Vital statistics of India. Vol. IV, Annual returns from 1871 to 1876. British Army of India, Native Army and jails of Bengal
Year: 1871
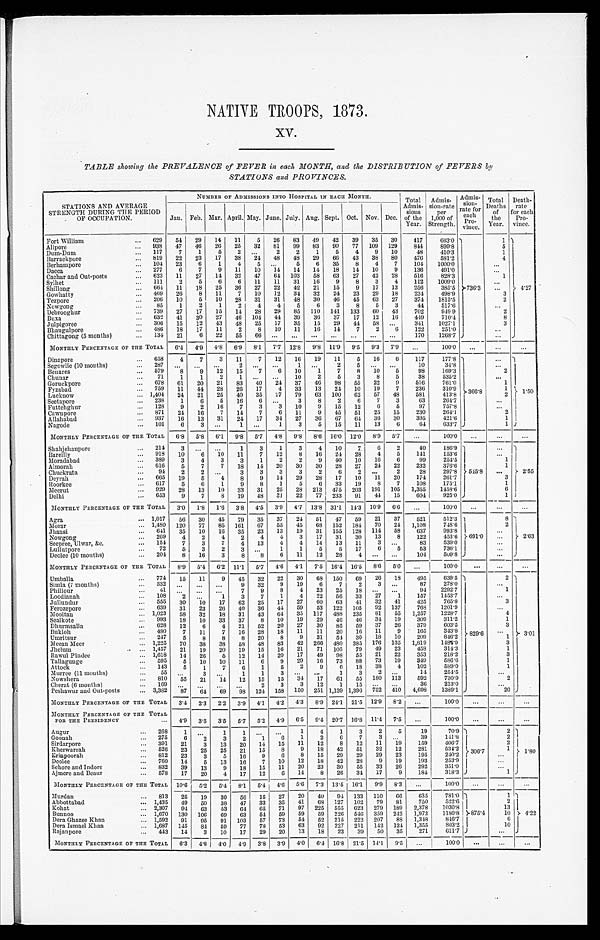
NATIVE TROOPS, 1873.
XV.
TABLE showing the PREVALENCE of FEVER in each, MONTH, and the DISTRIBUTION of FEVERS by
STATIONS and PROVINCES.
STATIONS AND AVERAGE
STRENGTH DURING THE PERIOD
OF OCCUPATION.
NUMBER OF ADMISSIONS INTO HOSPITAL IN EACH MONTH.
Total
Admis-
sions
of the
Year.
Admis-
sion-rate f o r e a c h
1,000 of
Strength.
Admis-
sion-
rate for
each Pr o- vi nce.
Total
Deaths
of
the
Year.
Death-
rate
for each
P r o -
vince.
Jan. Feb. Mar. April. May. June. July. Aug. Sept. Oct. Nov. Dec.
Fort William ... 629
54
29
14
11
5
26
83
49
42
39
35
30
417
663.0
736.3
1
4.27
Alipore ... 938
47
46
26
25
32
81
99
83
90
77
109
129
844
899.8
5
Dum-Dum ...117
7
1
5
2
. . .
2
2
1
5
4
9
10
48
410.3
1
Barrackpore ... 819
22
23
17
38
24
48
48
29
66
43
38
80
476
581.2
4
Berhampore ... 104
23
6
1
4
5
. . .
5
6
35
8
4
7
104
1000.0
. . .
Dacca ... 277
6
7
9
11
10
14
14
14
18
14
10
9
136
491.0
. . .
Cachar and Out-posts ... 623
11
27
14
32
47
6 4
103
58
63
27
42
28
516
828.3
1
Sylhet ... 111
2
5
6
6
11
11
31
16
9
8
3
4
112
1009.0
. . .
Shillong ... 664
11
18
25
36
27
22
42
21
15
9
17
13
256
385.5
. . .
Gowhatty ... 469
26
8
11
7
10
12
34
32
24
23
29
18
234
498.9
3
Tezpore ... 206
10
5
10
28
31
31
48
30
46
45
63
27
374
1815.5
2
Nowgong ... 85
1
2
1
2
4
4
5
6
3
8
5
3
44
517.6
. . .
Debrooghur ...739
27
17
15
14
28
29
85
110
141
133
60
43
702
949.9
2
Buxa ... 632
41
30
27
46
104
44
39
36
37
17
12
16
449
710.4
8
Julpigoree ... 306
15
12
43
48
25
17
35
15
29
44
58
. . .
341
1027.1
3
Bhaugulpore ... 486
18
17
11
2
8
10
11
16
14
7
2
6
122
251.0
. . .
Chittagong (5 months) ... 134
21
6 22
5 5
6 6
. . .
. . . ...
. . .
. . .
. . .
. . .
170
1268.7
. . .
MONTHLY PERCENTAGE OF THE TOTAL
6.4
4.9
4.8
6.9
8.1
7.7 12.8
9.8 11.9
9.5
9.3
7.9
. . .
100.0
. . .
. . .
. . .
Dinapore ... 658
4
7
3
11
7
12
16
19
11
5
16
6
117
177.8 366. 8
. . .
1.50
Segowlie (10 months) ... 287
. . .
. . . . . .
2
. . .
. . .
1
. . .
2
5
. . .
. . .
10
34.8
. . .
Benares ... 579
8
9
12
15
7
6
10
1
7
8
10
5
98
169.3
2
Chunar ... 71
1
1
2
1
. . .
. . .
10
2
5
3
8
5
38
535.2
. . .
Goruckpore ... 678
61
20
21
83
40
24
37
46
98
55
22
9
516
761.0
1
Fyzabad ... 759
11
44
28
26
17
4
33
13
24
10
19
7
236
310.9
1
Lucknow ... 1,404
24
21
25
40
35
2 7
79
63
100
62
57
48
581
413.8
2
Seetapore ... 238
1
6
5
16
6
. . .
3
8
2
6
7
3
63
264.7
. . .
Futtehghur ... 128
9
2
16
7
3
3
10
9
15
12
6
5
97
757.8
. . .
Cawnpore ...871
24
16
7
14
7
6
11
9
45
51
25
15
230
264.1
2
Allahabad ... 937
16
13
31
24
17
34
27
36
67
6 4
36
30
395
421.6
1
Nagode ... 101
6
3 ...
1
. . .
1
3
5
15
11
13
6
64
633.7
1
MONTHLY PERCENTAGE OF THE TOTAL
6.8
5.8
6.1
9.8
5.7
4.8
9.8
8.6 16.0 12.0
8.9
5.7
. . .
100.0
. . .
. . .
. . .
Shahjehanpore ... 214
3
. . .
. . .
1
3
1
3
4
10
7
6
2
40
186.9
545.8
. . .
2.55
Bareilly ... 918
10
6
10
11
7
12
8
16
24
28
4
5
141
153.6
. . .
Moradabad ... 389
3
4
3
3
1
2
2
9
40
10
16
6
99
254.5
1
Almorah ... 616
5
7
7
18
14
20
30
30
28
27
24
22
232
376.6
1
Chuckrata ... 94
2
2
. . .
3
3
3
3
2
6
2
. . .
2
28
297.8
. . .
Deyrah ... 665
19
5
4
8
9
14
29
28
17
10
11
20
174
261.7
3
Roorkee ... 617
5
6
1
9
8
1
5
6
33
19
8
7
108
175.1
1
Meerut ... 929
28
13
10
33
31
25
28
213
475
203
191
105
1,355
1458.6
6
Delhi ... 653
9
7
8
19
48
31
22
77
233
91
44
15
604
925.0
1
MONTHLY PERCENTAGE OF THE TOTAL
3 . 0 1.8
1.6
3.8
4 . 5
3.9
4.7 13.8 31.1 14.3 10.9
6.6
. . .
100.0
. . .
. . .
. . .
Agra ... 1,017
56
30
45
79
35
37
24
51
47
59
21
37
521
512.3
691.0
8
2.63
Morar ... 1,480
120
77
85
161
67
55
45
68 152
184
70
24
1,108
748.6
2
Jhansi ...
641
35
10
16
35
23
13
19
31
155
128
114
58
637
993.8
. . .
Nowgong ... 269
4
2
4
2
4
4
3
17
31
30
13
8
122
453.6
. . .
Seepree, Ulwar, &c... . 154
7
3
7
4
13
4
4
14
13
11
3
. . .
83
539.0
. . .
Lullutpore ... 72
5
3
2
3
. . .
1
1
5
5
17
6
5
53
736.1
. . .
Deolee (10 months) ... 204
8
16
3
8
8
6
11
12
28
4
. . .
. . .
104
509.8
. . .
MONTHLY PERCENTAGE OF THE TOTAL
8.9
5.4
6.2 11.1
5.7
4.6
4.1
7.5 16.4 16.5
8.6
5.0
. . .
100.0
. . .
. . .
. . .
Umballa ... 774
15
11
9
45
32
22
30
68
150
69
26
18
495
639.5
829.6
2
3.01
S i m l a ( 7 m o n t h s ) . . . 3 3 2
. . .
. . .
...
9
32
9
19
6
7
2
3
. . .
87
278.0
. . .
P h i l l o u r . . . 4 1
. . .
. . .
...
7
9
8
4
23
25
18
. . .
. . .
94
2292.7
1
Loodianah ... 108
2
. . .
1
3
7
1
4
22
56
33
2 7
1
1 5 7
1453.7
. . .
Jullundur ... 555
30
10
17
62
25
17
27
60
63
41
32
41
4 2 5
7 6 5 . 8
3
Ferozepore ... 639
31
23
26
40
36
44
59
53
122
105
92
137
768
1201.9
. . .
Mooltan ... 1,023
58
32
18
31
43
64
35
117
488
235
81
55
1,257
1228.7
4
Sealkote ... 993
18
10
33
37
8
10
19
29
46
46
34
19
309
311.2
1
Dhurmsalla ... 628
12
6
4
21
52
20
27
30
85
59
37
26
379
603.5
3
Bukloh ... 480
7
11
7
16
28
18
11
11
20
16
11
9
165
343.8
. . .
Umritsur ... 247
5
8
8
8
20
8
9
31
54
30
18
10
209
846.2
1
Meean Meer ... 1,225
70
38
38
58
48
83
42
266
480
385
176
135
1,819
1484.9
3
Jhelum ... 1,457
21
19
20
19
15
16
21
71
105
79
49
23
458
314.3
1
Rawul Pindee ... 1,618
14
26
5
12
14
20
17
49
98
55
21
22
353
218.2
3
Tallagunge ... 595
5
10
10
11
6
9
29
16
73
88
73
19
349
586.6
1
Attock ... 143
5
1
7
6
1
5
2
9
6
18
38
4
102
589.0
1
Murree (11 months) ... 55
. . .
3 ...
1
1
3
. . .
. . .
1
3
2
. . .
14
254.5
. . .
Nowshera ... 810
55
21
14
12
15
15
34
17
61
55
180
113
592
730.9
2
Cherat (6 months) ... 169
. . .
. . .
...
. . .
2
3
3
12
1
15
. . .
. . .
36
213.0
. . .
Peshawur and Out-posts ... 3,382
87
64
69
98
124 158
150
251 1,139 1,396
752
410
4,698
1389.1
20
MONTHLY PERCENTAGE OF THE TOTAL
3.4
2.3
2.2
3.9
4.1
4.2 4.3
8.9 24.1 21.5 12.9
8.2
. . .
100.0
. . .
. . .
. . .
MONTHLY PERCENTAGE OF THE TOTAL
FOR THE PRESIDENCY ...
4.9 3.5
3.5
5.7
5.2
4.9
6.5
9.4 20.7 16.8 11.4
7.5
. . .
100.0
. . .
. . .
. . .
Augur ... 268
1
. . .
1
1
. . .
. . .
1
4
1
3
2
5
19
70.9
306
.7
2
1.80
Goonah ... 275
6
2
3
2
1
6
1
2
6
7
3
. . .
39
141.8
2
Sirdarpore ... 391
21
3
13
20
14
15
11
12
8
12
11
19
159
406.7
2
Kherwarrah ... 526
23
25
25
21
15
8
9
18
42
51
32
12
281
534.2
1
Erinpoorah ... 812
23
3
5
16
9
6
8
15
29
29
29
23
195
240.2
. . .
Deolee ... 760
14
5
13
16
7
10
12
18
42
28
9
19
193
253.9
. . .
Sehore and Indore ... 832
39
13
9
18
15
11
20
23
30
55
33
26
292
351.0
. . .
Ajmere and Beaur ... 578
17
20
4
17
12
6
14
8
26
34
17
9
184
318.3
1
MONTHLY PERCENTAGE OF THE TOTAL
10.6
5.2
5.4
8.1
5.4
4 . 6 5.6
7.3 13.5 16.1
9.9
8.3
. . .
100.0
. . .
. . .
. . .
Murdan ... 813
25
19
30
56
15
27
20
40
94
133
110
66
635
781.0
875.4
1 4.22
Abbottabad ... 1,435
49
50
38
47
33
35
41
68
127
102
79
81
750
522.6
2
Kohat ... 2,307
94
63
53
64
65
71
97
225
555
623
279
189
2,378
1030.8
13
Bunnoo ... 1,670
130
106
69
63
54
59
59
59
226
546
359
242
1,972
1180.8
10
Dera Ghazee Khan ... 1,592
91
95
91
103
57
73
54
52
215
222
207
88
1,348
846.7
6
Dera Ismael Khan ... 1,687
145
84
59
77
78
53
63
92
227
211
142
124
1,355
803.2
10
Rajanpore ... 443
14
3
10
17
29
20
13
18
23
39
50
35
271
611.7
. . .
MONTHLY PERCENTAGE OF THE TOTAL
6.3
4.8
4.0
4.9
3.8
3.9
4.0
6.4 16.8 21.5 14.1
9.5
. . .
100.0
. . .
. . .
. . .